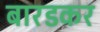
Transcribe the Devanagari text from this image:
बारडकर